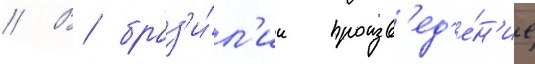
// В браз'и́л'ии произв'ед'е́н'ие